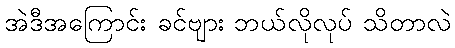
အဲဒီအကြောင်း ခင်ဗျား ဘယ်လိုလုပ် သိတာလဲ